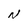
Character: N